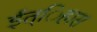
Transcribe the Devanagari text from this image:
ईत्िहास